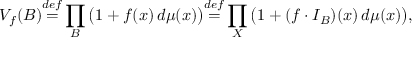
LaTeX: { \cal { V } } _ { f } ( B ) { \overset { d e f } { = } } \prod _ { B } { \big ( } 1 + f ( x ) \, d \mu ( x ) { \big ) } { \overset { d e f } { = } } \prod _ { X } { \big ( } 1 + ( f \cdot I _ { B } ) ( x ) \, d \mu ( x ) { \big ) } ,